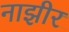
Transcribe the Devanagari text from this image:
नाझीर